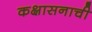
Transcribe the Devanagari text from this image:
कक्षासनाची